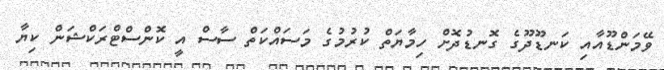
ވޭމަންޑޫއާއި ކަނޑޫދޫގެ ގޮނޑުދޮށް ހިމާޔަތް ކުރުމުގެ މަސައްކަތް ސާސް އީ ކޮންސްޓްރަކްޝަން ކިޔާ